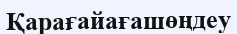
Қарағайағашөңдеу